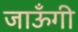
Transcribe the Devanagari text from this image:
जाऊँगी